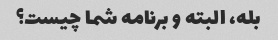
بله، البته و برنامه شما چیست؟